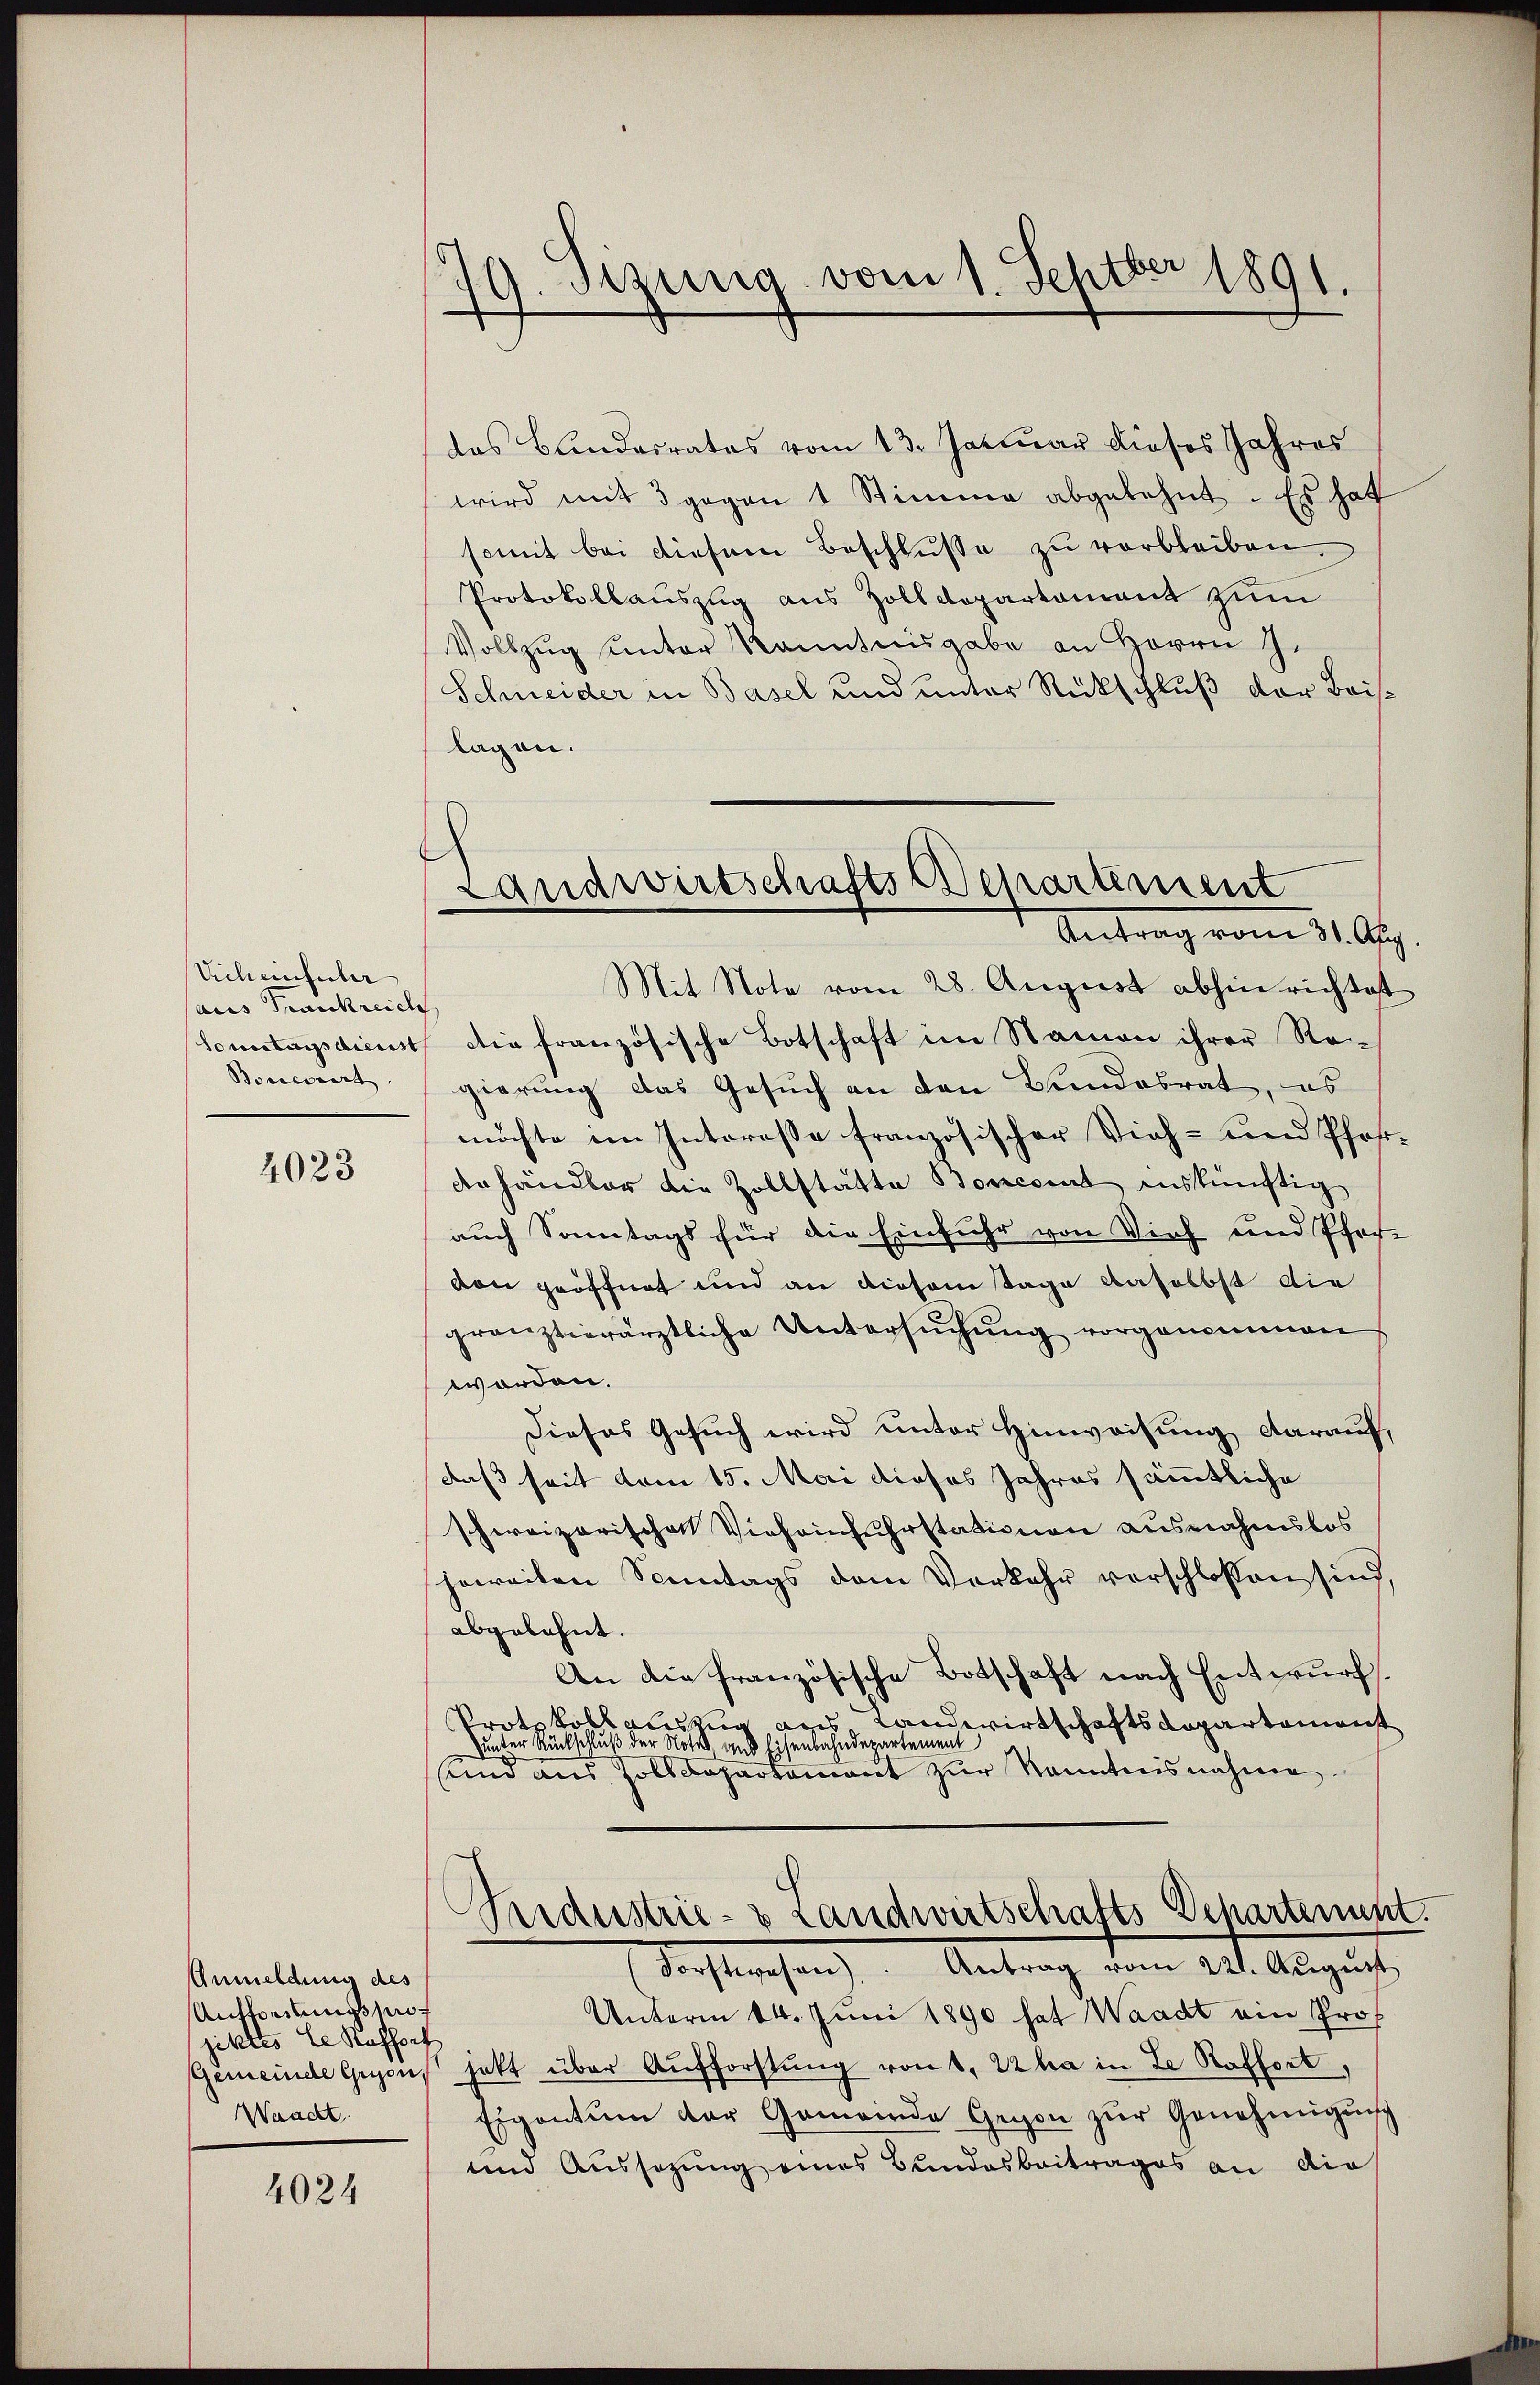
Vichenführ
aus Frankreich
Sonntags dienst
Boneriert

4023

Anmeldung des
Auffordeausspit
jektes le Kafferf
Waadt.

4024

10 Sizung vom 1. Septbr 1891
—

Landwirtschafts Departement
Antrag vom 31. Aug.

das Blindesrates vom 13. Januar dieses Jahres
wird mit 3 gegen 1 Stimme abgelehnt. Es hat
somit bei diesem Beschlŭsse zu verbleiben.
Protokollauszug aus Zolldepartement zum
Vollzug unter Kenntnisgabe an Herrn J.
Schneider in Basel und unter Rückschluß der Beislagen.
Mit Note vom 28. August abhin richtet
die französische Botschaft im Namen ihrer Re-
gierung das Gesuch an den Bundesrat, es
möchte im Interesse französischer Vieh- und Pfostdehändler die Zollstätte Boncomt inskünftig
auch Sonntags für die Einfuhr von Vieh und Pfervon geöffnet und an diesem Tage daselbst die
gränztierärztliche Untersŭchŭng vorgenommen
worden.
Dieses Gesuch wird unter Hinweisung darauf,
daß seit vom 15. Mai dieses Jahres sämmtliche
schweizerische Viehainfuhrstationen ausnahmslos
howeiten Sonntags dem Vorkehr verschlossen sind,
abgelehnt.
An die französische Botschaft nach Entwurf.
Protokollauszug aus Landwirtschaftsdepartement
unter Rückschluß der Note aus Eisenbahndepartement
unnd aus Zolldepartament zur Kenntnisnahme
Perdustrie- & Landwirtschafts-Departenunt
Forstwesen). Antrag vom 221. August
Unterm 14. Juni 1890 hat Waadt ein Prof
Gemeinde Gegens hatt über Aufforstung von 1. Kha in de Roffort,
Eigentum der Gemeinde Gegen zŭr Genehmigŭng
und Aussezung eines Bundesbeitrages an die